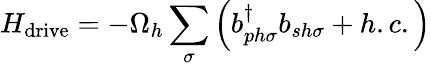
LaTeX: H_{\mathrm{drive}}=-\Omega_{h}\sum_{\sigma}\left(b_{ph\sigma}^{\dagger}b_{sh\sigma}+h.c.\right)